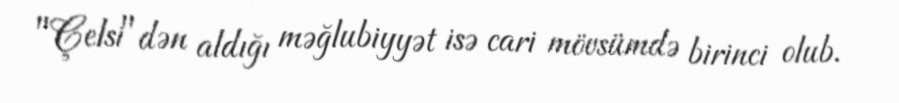
"Çelsi"dən aldığı məğlubiyyət isə cari mövsümdə birinci olub.